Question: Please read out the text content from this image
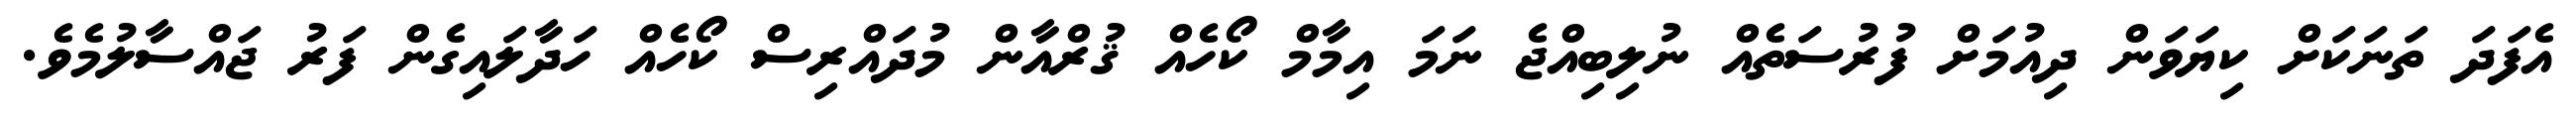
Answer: އެފަދަ ތަނަކަށް ކިޔަވަން ދިއުމަށް ފުރުސަތެއް ނުލިބިއްޖެ ނަމަ އިމާމް ކޯހެއް ޤުރްއާން މުދައްރިސް ކޯހެއް ހަދާލައިގެން ފަރު ޖައްސާލުމެވެ.